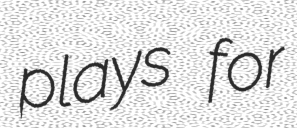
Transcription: plays for